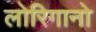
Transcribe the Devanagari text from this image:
लोरिगानो